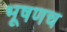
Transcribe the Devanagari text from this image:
भूषणच